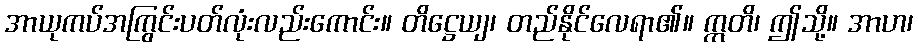
အာယုကပ်အကြွင်းပတ်လုံးလည်းကောင်း။ တိဋ္ဌေယျ၊ တည်နိုင်လေရာ၏။ ဣတိ၊ ဤသို့။ အာဟ၊